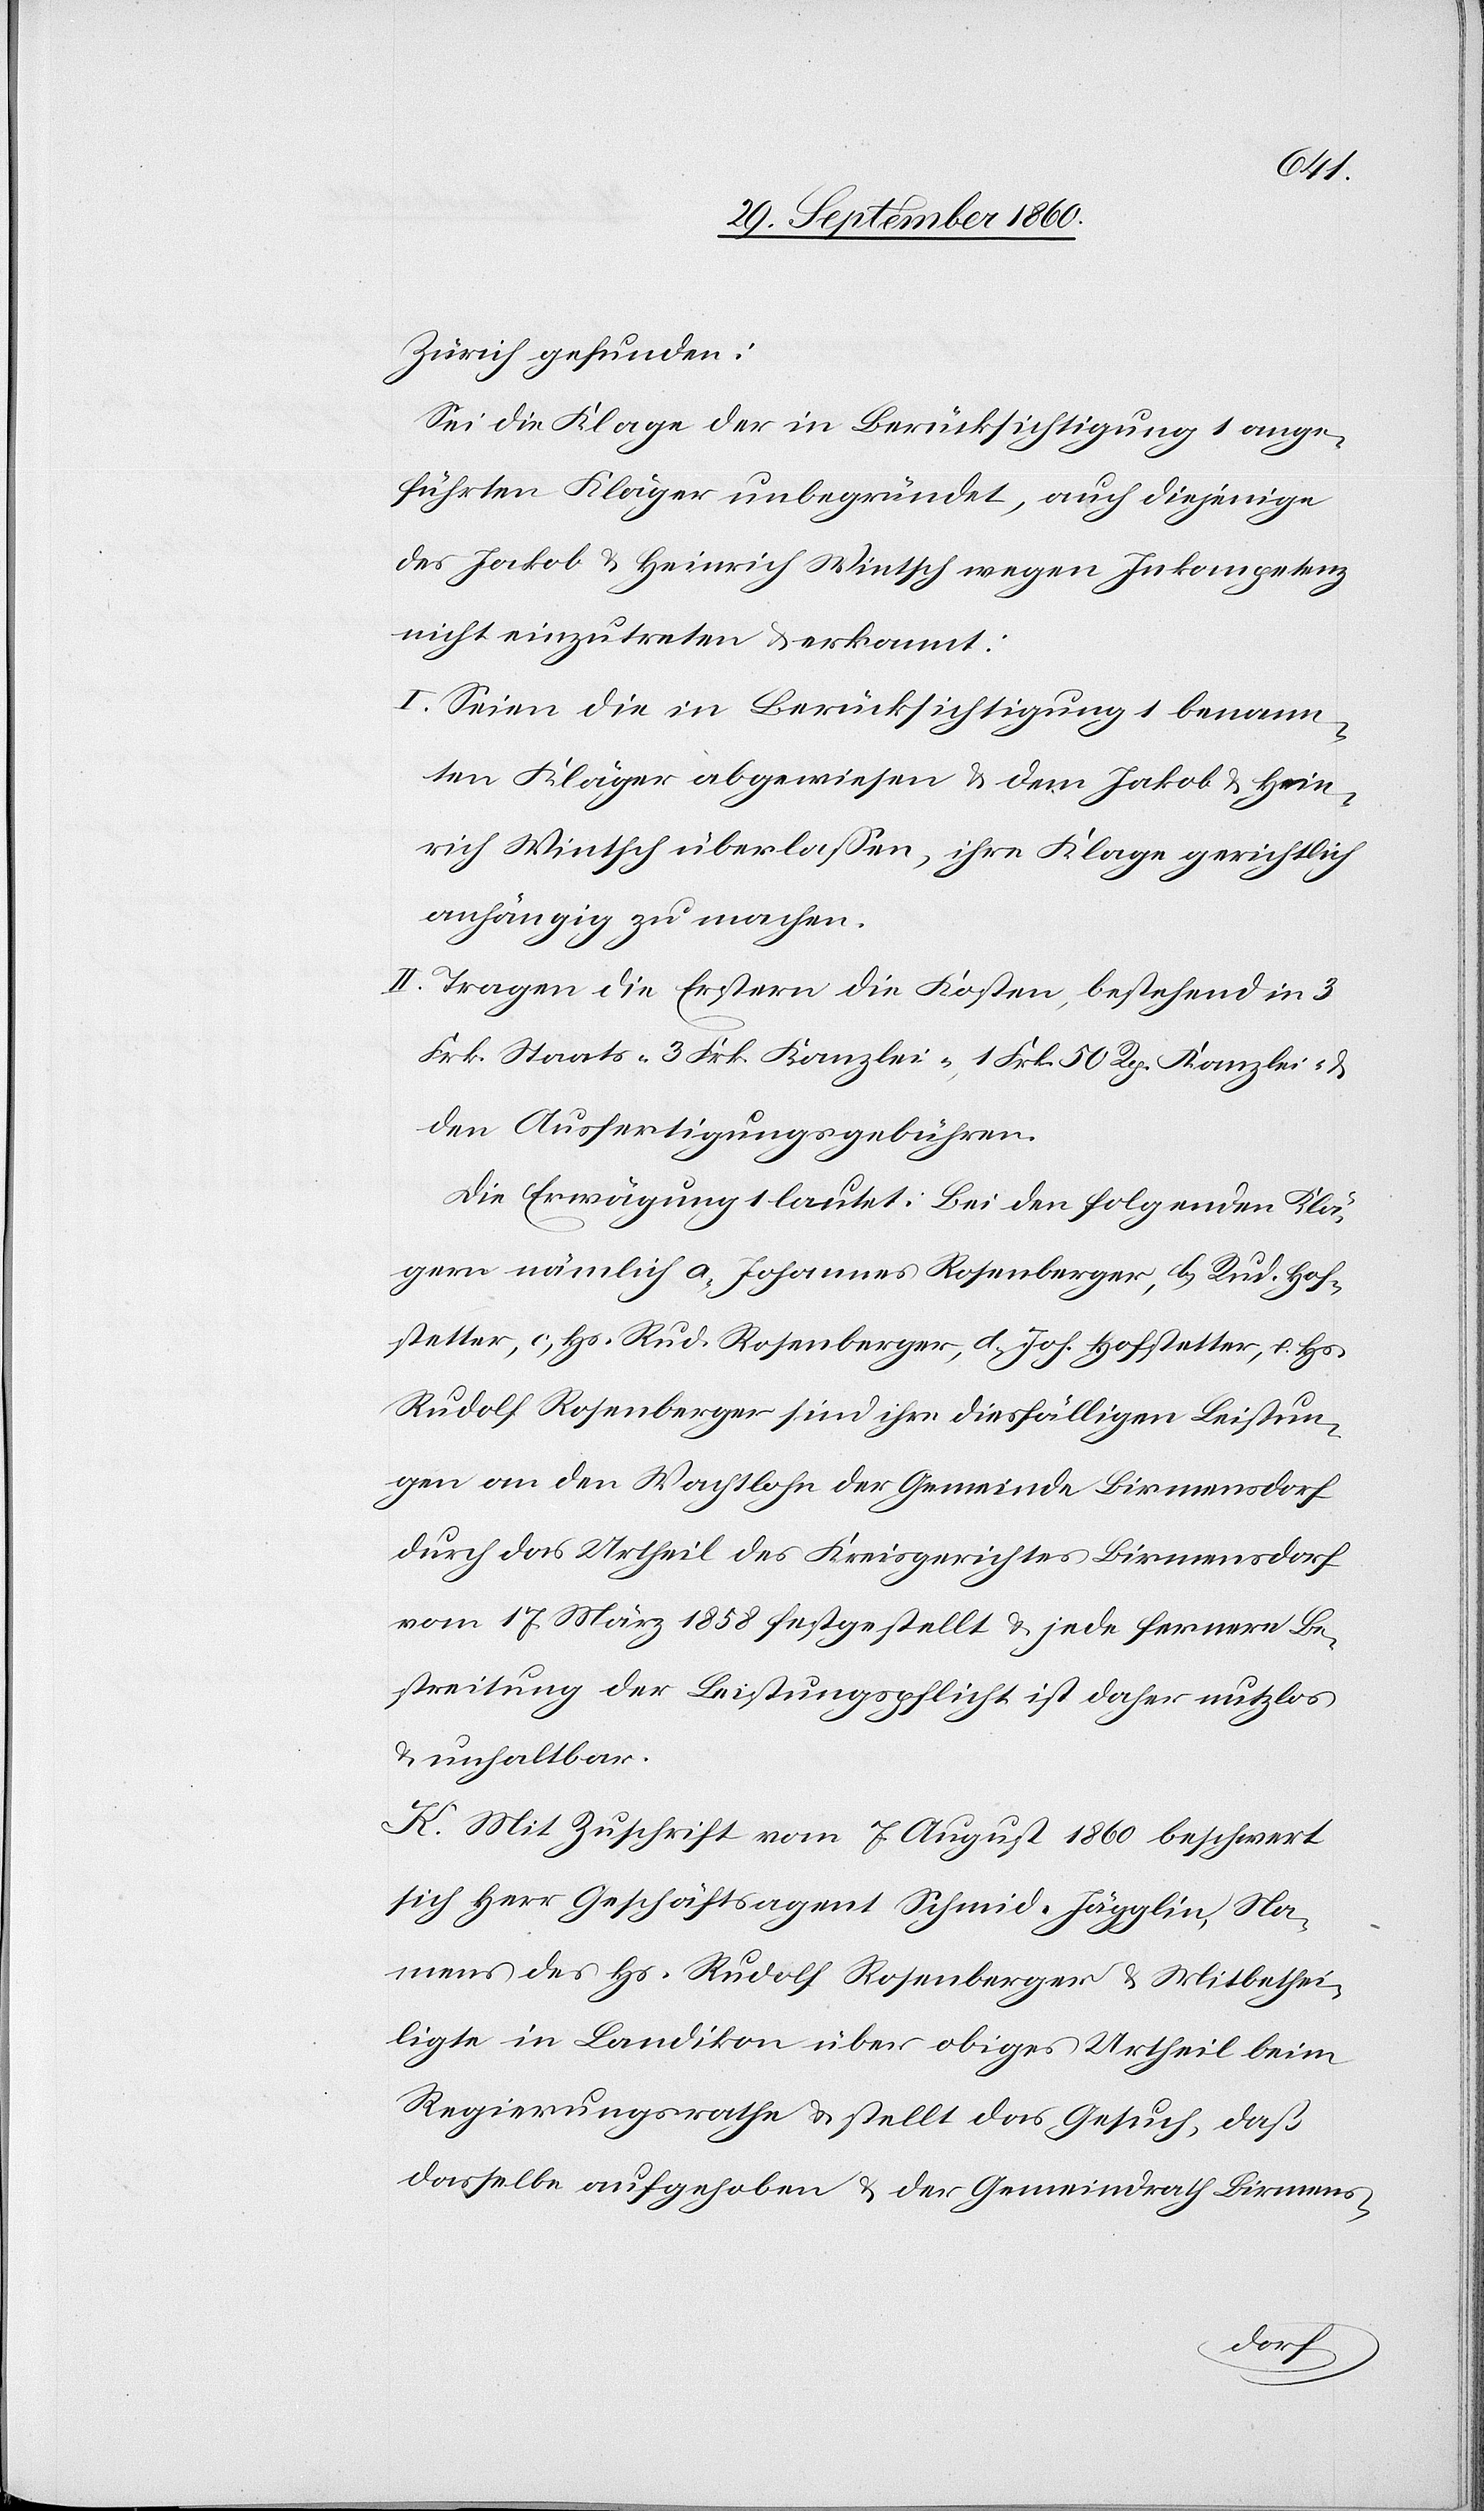
Zürich gefunden:
Sei die Klage der in Berücksichtigung 1 ange¬
führten Kläger unbegründet, auch diejenige
des Jakob u. Heinrich Wintsch wegen Inkompetenz
nicht einzutreten u. erkannt:
I. Seien die in Berücksichtigung 1 benann¬
ten Kläger abgewiesen & dem Jakob u. Hein¬
rich Wintsch überlassen, ihre Klage gerichtlich
anhängig zu machen.
II. Tragen die Erstern die Kosten, bestehend in 3
Frk. Staats-[,] 3 Frk. Kanzlei-[,] 1 Frk. 50 Rp. Kanzlei- u.
den Ausfertigungsgebühren.
Die Erwägung 1 lautet: Bei den folgenden Klä¬
gern nämlich a) Johannes Rosenberger, b) Rud. Hof¬
stetter, c) Hs. Rud. Rosenberger, d. Joh. Hofstetter, e. Hs.
Rudolf Rosenberger sind ihre diesfälligen Leistun¬
gen an den Wachtlohn der Gemeinde Birmensdorf
durch das Urtheil des Kreisgerichtes Birmensdorf
vom 17. März 1858 festgestellt & jede fernere Be¬
streitung der Leistungspflicht ist daher nutzlos
u. unhaltbar.
K. Mit Zuschrift vom 7. August 1860 beschwert
sich Herr Geschäftsagent Schmid-Jägglin, Na¬
mens des Hs. Rudolf Rosenberger & Mitbethei¬
ligte in Landikon über obiges Urtheil beim
Regierungsrathe u. stellt das Gesuch, daß
dasselbe aufgehoben & der Gemeindrath Birmens-